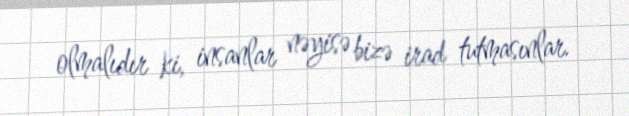
olmalıdır ki, insanlar nəyisə bizə irad tutmasınlar.